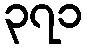
၃၇၁